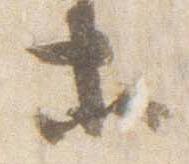
等